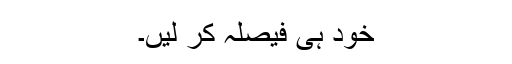
خود ہی فیصلہ کر لیں۔